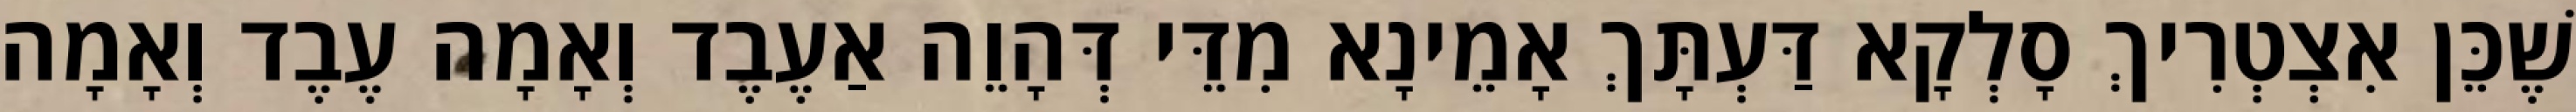
שֶׁכֵּן אִצְטְרִיךְ סָלְקָא דַּעְתָּךְ אָמֵינָא מִדֵּי דְּהָוֵה אַעֶבֶד וְאָמָה עֶבֶד וְאָמָה